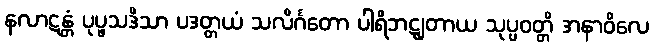
နလာဋန္တံ ပုပ္ဖသဒိသာ ပဒတ္တယံ သလိင်္ဂတော ပါရိဘဋျတာယ သုပ္ပဝတ္တိ အနာဝိလေ